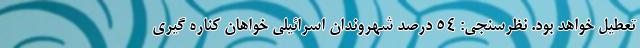
تعطیل خواهد بود. نظرسنجی: ۵۴ درصد شهروندان اسرائیلی خواهان کناره گیری